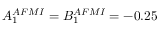
A _ { 1 } ^ { A F M I } = B _ { 1 } ^ { A F M I } = - 0 . 2 5